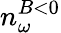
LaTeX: n_{\omega}^{B<0}